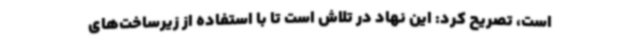
است، تصریح کرد: این نهاد در تلاش است تا با استفاده از زیرساخت‌های